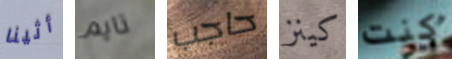
أثينا تايم حاجب كينز كنت